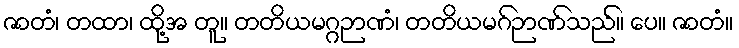
ဇာတံ၊ တထာ၊ ထို့အ တူ။ တတိယမဂ္ဂဉာဏံ၊ တတိယမဂ်ဉာဏ်သည်။ ပေ။ ဇာတံ။